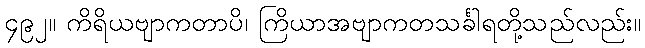
၄၉၂။ ကိရိယဗျာကတာပိ၊ ကြိယာအဗျာကတသင်္ခါရတို့သည်လည်း။